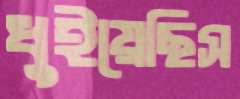
ধুইয়েছিস